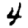
Digit: 4